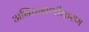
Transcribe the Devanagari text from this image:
अभिप्रमाणीकरण